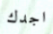
اجدك